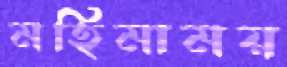
মহিমাময়